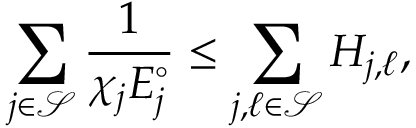
\sum _ { j \in \mathcal { S } } \frac { 1 } { \chi _ { j } E _ { j } ^ { \circ } } \le \sum _ { j , \ell \in \mathcal { S } } H _ { j , \ell } ,